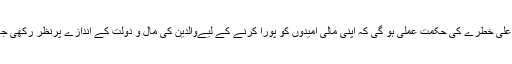
اسٹیسی کہتی ہیں کہ موجودہ اقتصادی حالات کے باوجود یہ حقیقت میں ایک اعلی خطرے کی حکمت عملی ہو گی کہ اپنی مالی امیدوں کو پورا کرنے کے لیےوالدین کی مال و دولت کے اندازے پرنظر رکھی جائے اور یہ اخز کر لیا جائے کہ، ترکہ میں انھیں ایک بڑی رقم حاصل ہو گی۔